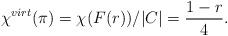
LaTeX: \begin{align*}\chi^{virt}(\pi)=\chi(F(r))/|C|=\frac{1-r}4.\end{align*}